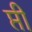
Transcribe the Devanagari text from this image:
प्ती